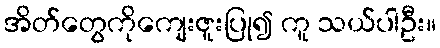
အိတ်တွေကိုကျေးဇူးပြု၍ ကူ သယ်ပါဦး။